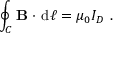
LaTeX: \oint _ { C } \mathbf { B } \ { \boldsymbol { \cdot } } \ \mathrm { d } { \boldsymbol { \ell } } = \mu _ { 0 } I _ { D } \ .